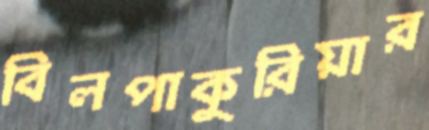
বিলপাকুরিয়ার